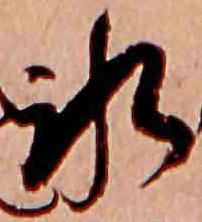
氷